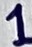
Text: 1